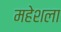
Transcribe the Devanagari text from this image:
महेशला